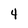
Character: 4